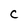
Character: C